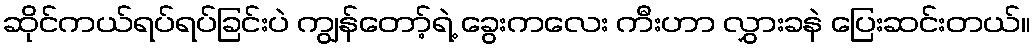
ဆိုင်ကယ်ရပ်ရပ်ခြင်းပဲ ကျွန်တော့်ရဲ့ ခွေးကလေး ကီးဟာ လွှားခနဲ ပြေးဆင်းတယ်။